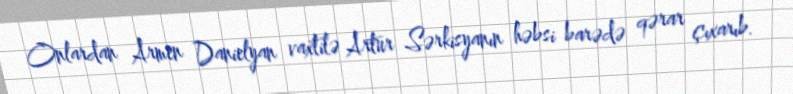
Onlardan Armen Danielyan vaxtilə Artur Sərkisyanın həbsi barədə qərar çıxarıb.